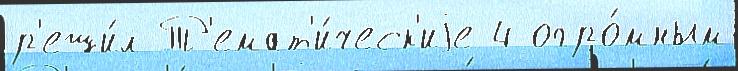
р'еши́л Т'емат'и́ческ'иjе 4 огро́мным